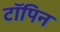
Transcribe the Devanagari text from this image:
टॉपिन